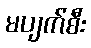
မပျက်စီး